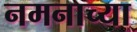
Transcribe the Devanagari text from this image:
नमनाच्या